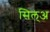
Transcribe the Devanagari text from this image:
सिल्‌अ